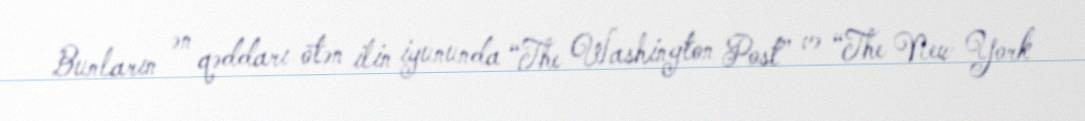
Bunların ən qəddarı ötən ilin iyununda “The Washington Post” və “The New York